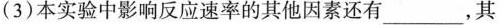
(3)本实验中影响反应速率的其他因素还有___，其